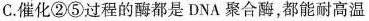
C.催化②⑤过程的酶都是DNA聚合酶，都能耐高温